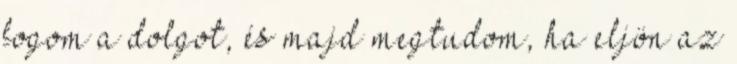
fogom a dolgot, és majd megtudom, ha eljön az